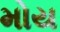
મોય